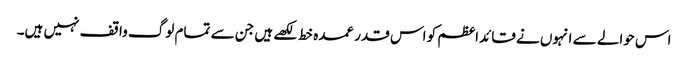
اس حوالے سے انہوں نے قائداعظم کو اس قدر عمدہ خط لکھے ہیں جن سے تمام لوگ واقف نہیں ہیں۔